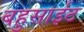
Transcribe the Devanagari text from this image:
बहुसाईट